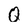
Character: Q